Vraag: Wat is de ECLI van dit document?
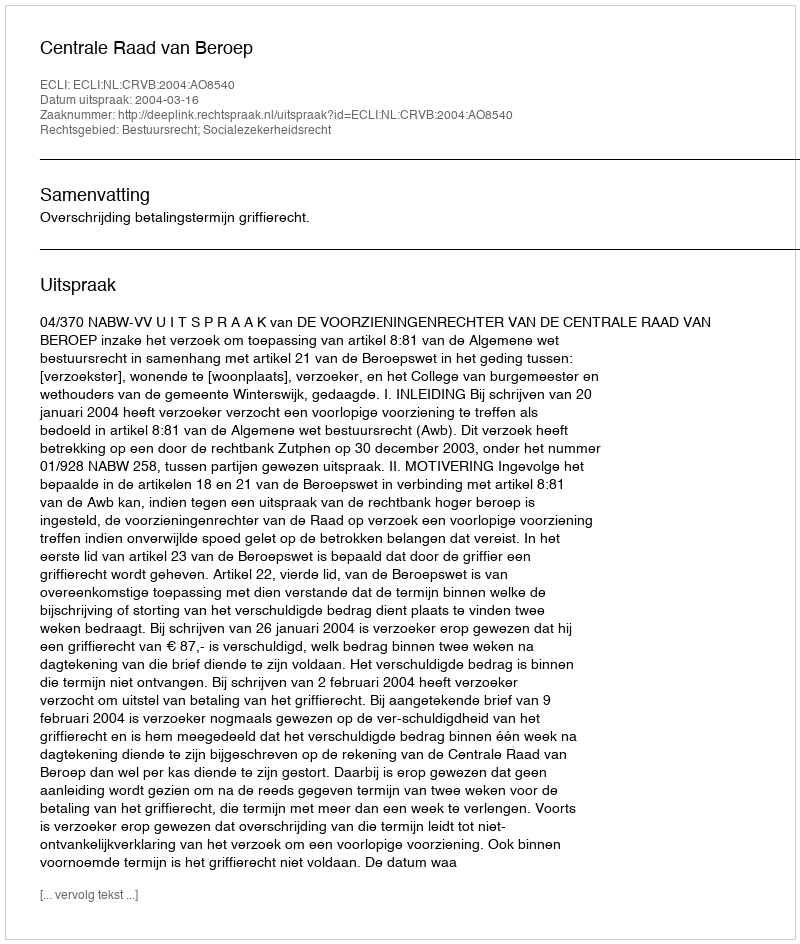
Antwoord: ECLI:NL:CRVB:2004:AO8540